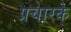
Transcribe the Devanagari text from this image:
प्रचारके